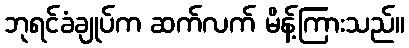
ဘုရင်ခံချုပ်က ဆက်လက် မိန့်ကြားသည်။